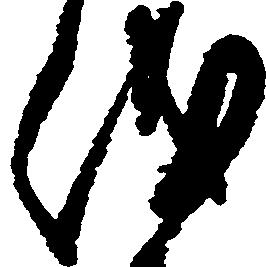
儀